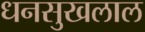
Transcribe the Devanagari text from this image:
धनसुखलाल